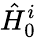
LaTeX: \hat{H}_{0}^{i}